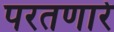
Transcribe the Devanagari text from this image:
परतणारे